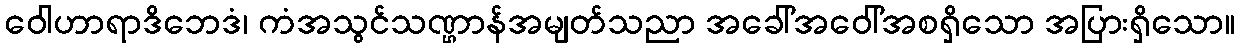
ဝေါဟာရာဒိဘေဒံ၊ ကံအသွင်သဏ္ဌာန်အမျတ်သညာ အခေါ်အဝေါ်အစရှိသော အပြားရှိသော။